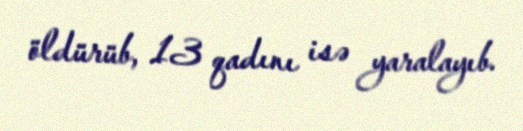
öldürüb, 13 qadını isə yaralayıb.